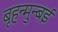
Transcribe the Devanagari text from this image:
बृहन्मुन्बई